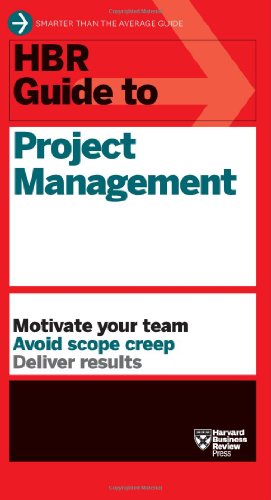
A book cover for HBR Guide to Project Management (HBR Guide Series); Harvard Business Review; Business & Money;